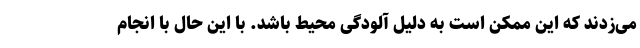
می‌زدند که این ممکن است به دلیل آلودگی محیط باشد. با این حال با انجام